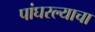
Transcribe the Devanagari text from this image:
पांघरल्याचा